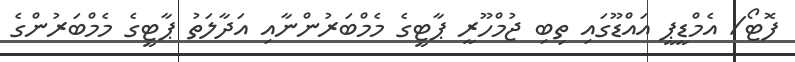
ފޮޓޯ/ އެމްޑީޕީ އައްޑޫގައި ތިބި ޖުމްހޫރީ ޕާޓީގެ މެމްބަރުންނާއި އަދާލަތު ޕާޓީގެ މެމްބަރުންގެ